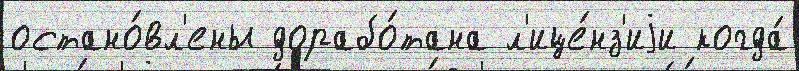
остано́вл'ены дорабо́тана л'ице́нз'иjи когда́